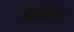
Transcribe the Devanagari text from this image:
पाठिका